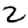
Digit: 2